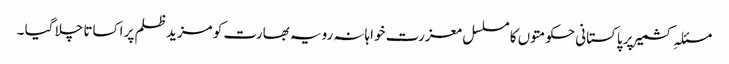
مسئلہِ کشمیر پر پاکستانی حکومتوں کا مسلسل معزرت خواہانہ رویہ بھارت کو مزید ظلم پر اکساتا چلا گیا ۔